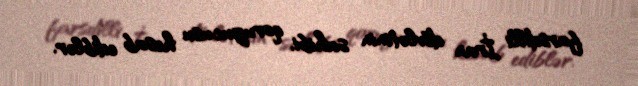
farsdilli İran dövlətinin sahibi, qoruyucusu hesab ediblər.